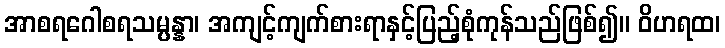
အာစရဂေါစရသမ္ပန္နာ၊ အကျင့်ကျက်စားရာနှင့်ပြည့်စုံကုန်သည်ဖြစ်၍။ ဝိဟရထ၊